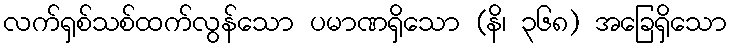
လက်ရှစ်သစ်ထက်လွန်သော ပမာဏရှိသော (နိ၊ ၃၆၈) အခြေရှိသော